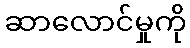
ဆာလောင်မှုကို